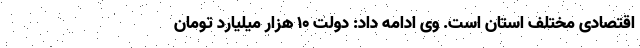
اقتصادی مختلف استان است. وی ادامه داد: دولت ۱۰ هزار میلیارد تومان